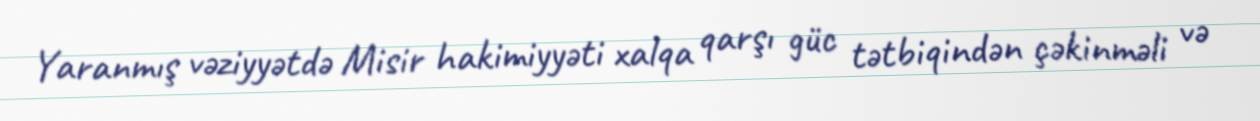
Yaranmış vəziyyətdə Misir hakimiyyəti xalqa qarşı güc tətbiqindən çəkinməli və